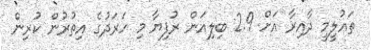
ތައުލީމީ ދާއިރާ އަށް 2.9 ބިލިއަން ރުފިޔާ މި ހަރަދުގެ އިތުރުން ކުރިން